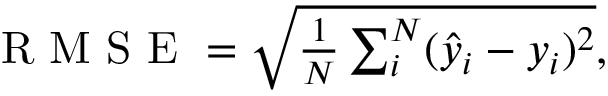
\begin{array} { r } { \textrm { R M S E } = \sqrt { \frac { 1 } { N } \sum _ { i } ^ { N } ( \hat { y } _ { i } - y _ { i } ) ^ { 2 } } , } \end{array}